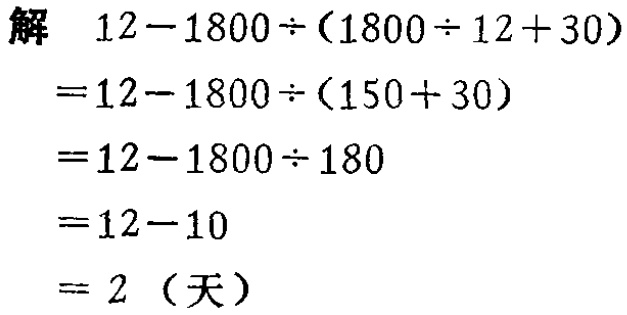
\[
\begin{align*}
&解\quad12 - 1800\div(1800\div12 + 30)\\
=&12 - 1800\div(150 + 30)\\
=&12 - 1800\div180\\
=&12 - 10\\
=&2\ (\text{天})
\end{align*}
\]